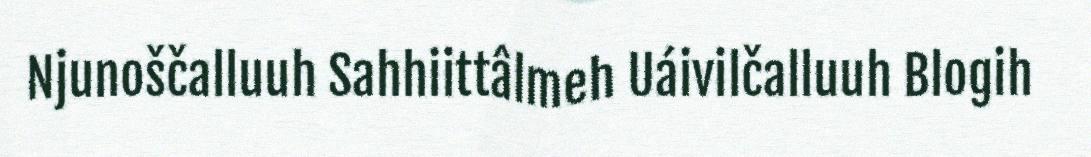
Njunoščalluuh Sahhiittâlmeh Uáivilčalluuh Blogih